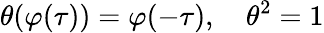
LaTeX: \theta(\varphi(\tau))=\varphi(-\tau),\quad\theta^{2}=1